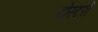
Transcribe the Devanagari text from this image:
टोस्टरों